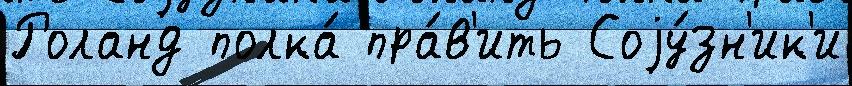
Роланд полка́ пра́в'ить Соjу́зн'ик'и